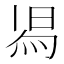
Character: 𭴷